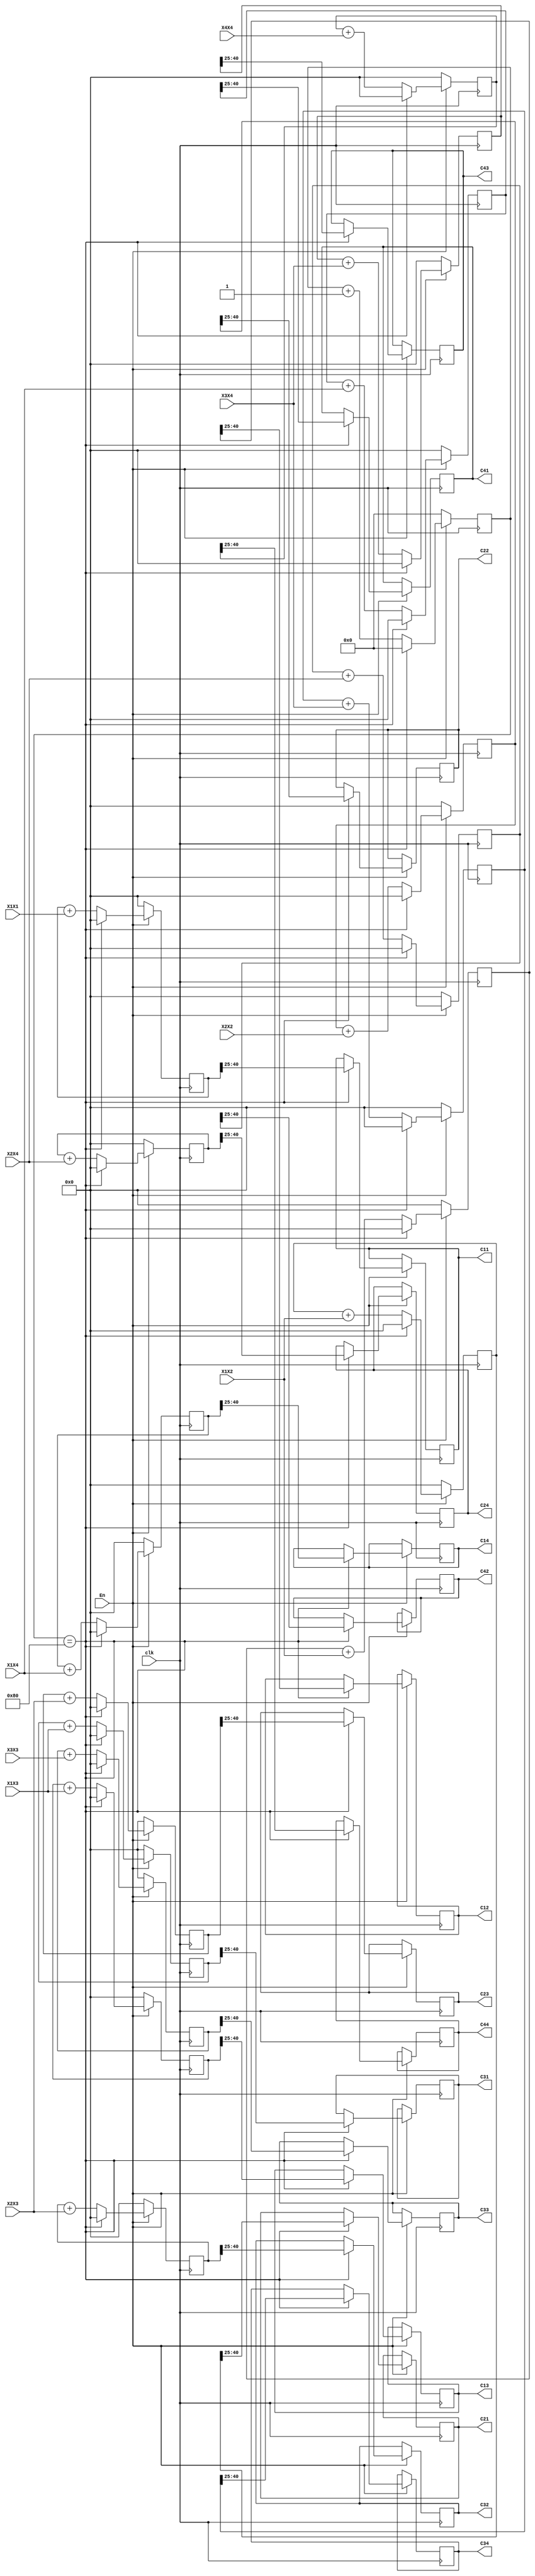
module CovAdderAndDivider(
	input En,
	input clk,

	input wire signed [51:0] X1X1,
	input wire signed [51:0] X1X2,
	input wire signed [51:0] X1X3,
	input wire signed [51:0] X1X4,
	//input wire signed [15:0] X2X1,
	input wire signed [51:0] X2X2,
	input wire signed [51:0] X2X3,
	input wire signed [51:0] X2X4,
	//input wire signed [15:0] X3X1,
	//input wire signed [15:0] X3X2,
	input wire signed [51:0] X3X3, 
    input wire signed [51:0] X3X4, 
	//input wire signed [15:0] X4X1,
   // input wire signed [15:0] X4X2, 
   // input wire signed [15:0] X4X3, 
    input wire signed [51:0] X4X4,
	
	output reg signed [15:0] C11,
	output reg signed [15:0] C12,
	output reg signed [15:0] C13,
	output reg signed [15:0] C14,
	output reg signed [15:0] C21,
	output reg signed [15:0] C22,
	output reg signed [15:0] C23,
	output reg signed [15:0] C24,
	output reg signed [15:0] C31,
	output reg signed [15:0] C32,
	output reg signed [15:0] C33,
	output reg signed [15:0] C34,
	output reg signed [15:0] C41,
	output reg signed [15:0] C42,
	output reg signed [15:0] C43,
	output reg signed [15:0] C44
);


reg signed [51:0] C11_52b;
reg signed [51:0] C12_52b;
reg signed [51:0] C13_52b;
reg signed [51:0] C14_52b;
reg signed [51:0] C21_52b;
reg signed [51:0] C22_52b;
reg signed [51:0] C23_52b;
reg signed [51:0] C24_52b;
reg signed [51:0] C31_52b;
reg signed [51:0] C32_52b;
reg signed [51:0] C33_52b;
reg signed [51:0] C34_52b;
reg signed [51:0] C41_52b;
reg signed [51:0] C42_52b;
reg signed [51:0] C43_52b;
reg signed [51:0] C44_52b;


reg [7:0] cnt;

always @ (posedge clk) begin
	if(En) begin
		if(cnt == 128) begin
			 cnt<=0;
			 C11 <=  C11_52b>>>25;
			 C12 <=  C12_52b>>>25;
			 C13 <=  C13_52b>>>25;
			 C14 <=  C14_52b>>>25;
			 C21 <=  C21_52b>>>25;
             C22 <=  C22_52b>>>25;
             C23 <=  C23_52b>>>25;
             C24 <=  C24_52b>>>25;
             C31 <=  C31_52b>>>25;
             C32 <=  C32_52b>>>25;
             C33 <=  C33_52b>>>25;
             C34 <=  C34_52b>>>25;
             C41 <=  C41_52b>>>25;
             C42 <=  C42_52b>>>25;
             C43 <=  C43_52b>>>25;
			 C44 <=  C44_52b>>>25;
			 
			 C11_52b <= 0;
			 C12_52b <= 0;
			 C13_52b <= 0;
			 C14_52b <= 0;
			 C21_52b <= 0;
			 C22_52b <= 0;
			 C23_52b <= 0;
			 C24_52b <= 0;
			 C31_52b <= 0;
			 C32_52b <= 0;
			 C33_52b <= 0;
			 C34_52b <= 0;
			 C41_52b <= 0;
			 C42_52b <= 0;
			 C43_52b <= 0;
			 C44_52b <= 0;
			
		end
		else begin
			 C11_52b <=  C11_52b + X1X1;
			 C12_52b <=  C12_52b + X1X2;
			 C13_52b <=  C13_52b + X1X3;
			 C14_52b <=  C14_52b + X1X4;
			 C21_52b <=  C21_52b + X1X2;
             C22_52b <=  C22_52b + X2X2;
             C23_52b <=  C23_52b + X2X3;
             C24_52b <=  C24_52b + X2X4;
             C31_52b <=  C31_52b + X1X3;
             C32_52b <=  C32_52b + X2X3;
             C33_52b <=  C33_52b + X3X3;
             C34_52b <=  C34_52b + X3X4;
             C41_52b <=  C41_52b + X1X4;
             C42_52b <=  C42_52b + X2X4;
             C43_52b <=  C43_52b + X3X4;
			 C44_52b <=  C44_52b + X4X4;

			 cnt<=cnt+1;
		end
	end
	else begin
		 cnt<=0;
		 C11_52b <= 0;
		 C12_52b <= 0;
		 C13_52b <= 0;
		 C14_52b <= 0;
		 C21_52b <= 0;
		 C22_52b <= 0;
		 C23_52b <= 0;
		 C24_52b <= 0;
		 C31_52b <= 0;
		 C32_52b <= 0;
		 C33_52b <= 0;
		 C34_52b <= 0;
		 C41_52b <= 0;
		 C42_52b <= 0;
		 C43_52b <= 0;
		 C44_52b <= 0;
	end
end
endmodule